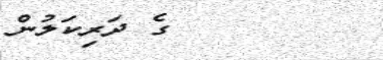
ގެ ދަރިކަލުން